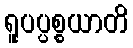
ရူပပ္ပစ္စယာတိ